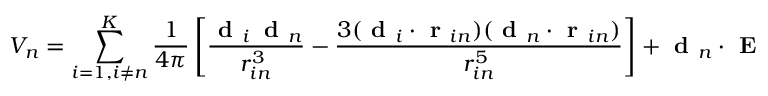
V _ { n } = \sum _ { i = 1 , i \neq n } ^ { K } \frac { 1 } { 4 \pi } \left[ \frac { \textbf { d } _ { i } \, \textbf { d } _ { n } } { r _ { i n } ^ { 3 } } - \frac { 3 ( \textbf { d } _ { i } \cdot \textbf { r } _ { i n } ) ( \textbf { d } _ { n } \cdot \textbf { r } _ { i n } ) } { r _ { i n } ^ { 5 } } \right] + \textbf { d } _ { n } \cdot \textbf { E }